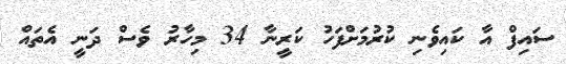
ސައިފް އާ ކައިވެނި ކުރުމަށްފަހު ކަރީނާ 34 މިހާރު ވެސް ދަނީ އެތައް